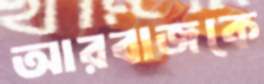
আরবাজকে